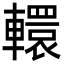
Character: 轘